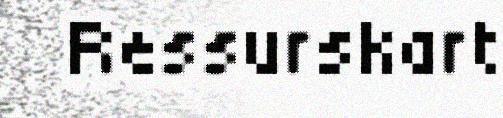
Ressurskart